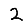
Digit: 2